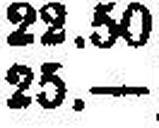
25.—